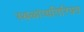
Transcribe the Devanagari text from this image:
स्थळांव्यतिरिक्त